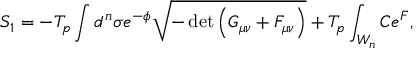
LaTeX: S _ { 1 } = - T _ { p } \int d ^ { n } \sigma e ^ { - \phi } \sqrt { - \operatorname * { d e t } { \left( G _ { \mu \nu } + { \cal F } _ { \mu \nu } \right) } } + T _ { p } \int _ { W _ { n } } C e ^ { \cal F } ,